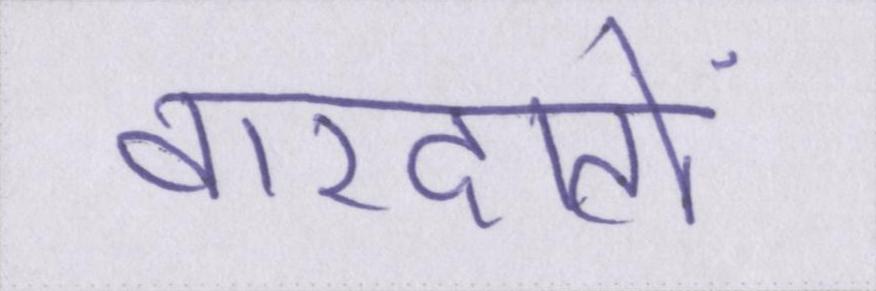
वारदातों